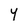
Character: Y